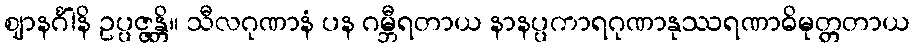
ဈာနင်္ဂါနိ ဥပ္ပဇ္ဇန္တိ။ သီလဂုဏာနံ ပန ဂမ္ဘီရတာယ နာနပ္ပကာရဂုဏာနုဿရဏာဓိမုတ္တတာယ